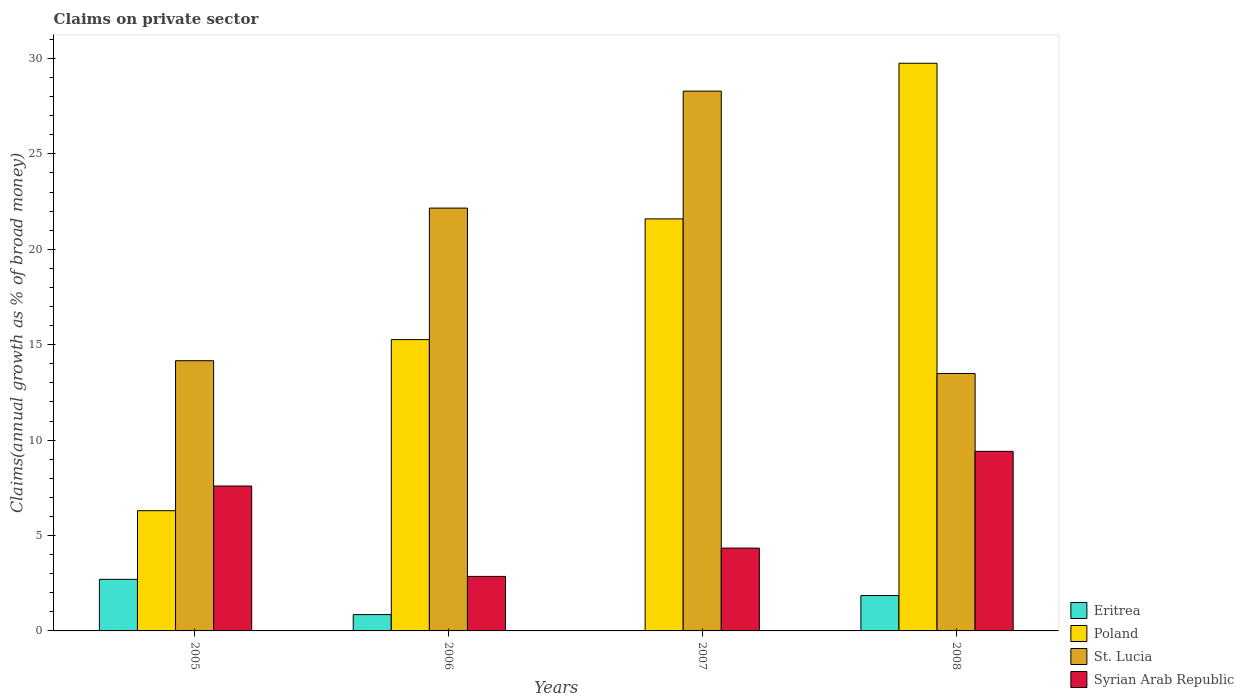
| Years | Eritrea | Poland | St. Lucia | Syrian Arab Republic |
 | --- | --- | --- | --- | --- |
 | 2005 | 2.7 | 6.3 | 14.2 | 7.59 |
 | 2006 | 0.855 | 15.3 | 22.2 | 2.86 |
 | 2007 | -2.76 | 21.6 | 28.3 | 4.34 |
 | 2008 | 1.85 | 29.8 | 13.5 | 9.41 |